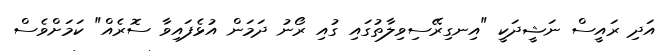
އަދި ރައީސް ނަޝީދަކީ "އިނގިރޭސިވިލާތުގައި ގުއި ރޯނު ދަމަން އުޅެފައިވާ ސޮރެއް" ކަމަށްވެސް